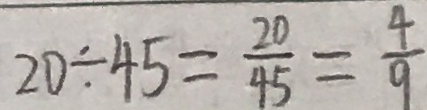
2 0 \div 4 5 = \frac { 2 0 } { 4 5 } = \frac { 4 } { 9 }